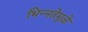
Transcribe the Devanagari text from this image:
भिन्‍नतेमुळे